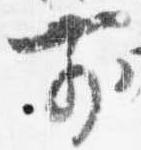
前